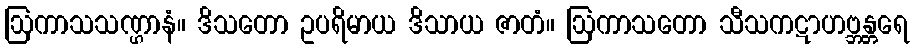
ဩကာသသဏ္ဌာနံ။ ဒိသတော ဥပရိမာယ ဒိသာယ ဇာတံ။ ဩကာသတော သီသကဋာဟဗ္ဘန္တရေ